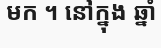
មក ។ នៅក្នុង ឆ្នាំ